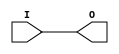
// $Header: /devl/xcs/repo/env/Databases/CAEInterfaces/verunilibs/data/unisims/IBUF.v,v 1.7 2007/05/23 21:43:36 patrickp Exp $
///////////////////////////////////////////////////////////////////////////////
// Copyright (c) 1995/2004 Xilinx, Inc.
// All Right Reserved.
///////////////////////////////////////////////////////////////////////////////
//   ____  ____
//  /   /\/   /
// /___/  \  /    Vendor : Xilinx
// \   \   \/     Version : 10.1
//  \   \         Description : Xilinx Functional Simulation Library Component
//  /   /                  Input Buffer
// /___/   /\     Filename : IBUF.v
// \   \  /  \    Timestamp : Thu Mar 25 16:42:23 PST 2004
//  \___\/\___\
//
// Revision:
//    03/23/04 - Initial version.
//    05/23/07 - Changed timescale to 1 ps / 1 ps.

`timescale  1 ps / 1 ps


module IBUF (O, I);

    parameter CAPACITANCE = "DONT_CARE";
    parameter IBUF_DELAY_VALUE = "0";
    parameter IFD_DELAY_VALUE = "AUTO";
    parameter IOSTANDARD = "DEFAULT";
    
    output O;
    input  I;

    buf B1 (O, I);
    
    
    initial begin
	
        case (CAPACITANCE)

            "LOW", "NORMAL", "DONT_CARE" : ;
            default : begin
                          $display("Attribute Syntax Error : The attribute CAPACITANCE on IBUF instance %m is set to %s.  Legal values for this attribute are DONT_CARE, LOW or NORMAL.", CAPACITANCE);
                          $finish;
                      end

        endcase


	case (IBUF_DELAY_VALUE)

            "0", "1", "2", "3", "4", "5", "6", "7", "8", "9", "10", "11", "12", "13", "14", "15", "16" : ;
            default : begin
                          $display("Attribute Syntax Error : The attribute IBUF_DELAY_VALUE on IBUF instance %m is set to %s.  Legal values for this attribute are 0, 1, 2, ... or 16.", IBUF_DELAY_VALUE);
                          $finish;
                      end

        endcase


	case (IFD_DELAY_VALUE)

            "AUTO", "0", "1", "2", "3", "4", "5", "6", "7", "8" : ;
            default : begin
                          $display("Attribute Syntax Error : The attribute IFD_DELAY_VALUE on IBUF instance %m is set to %s.  Legal values for this attribute are AUTO, 0, 1, 2, ... or 8.", IFD_DELAY_VALUE);
                          $finish;
                      end

	endcase
	
    end

endmodule